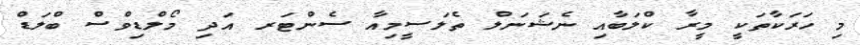
މި ހަރަކާތަކީ މީރާ ކްލަބާއި ނެޝަނަލް ތެލަސީމިއާ ސެންޓަރ އަދި މޯލްޑިވްސް ބްލަޑް